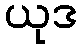
ယုဒ